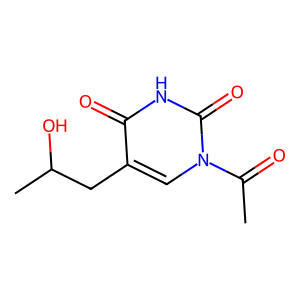
SMILES: CC(=O)n1cc(CC(C)O)c(=O)[nH]c1=O
Inhibits HIV replication: No